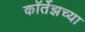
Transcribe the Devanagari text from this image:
कॉर्तेझच्या